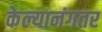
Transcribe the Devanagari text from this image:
केल्यानंगतर